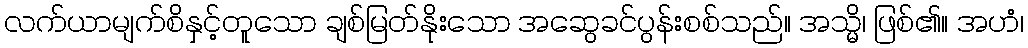
လက်ယာမျက်စိနှင့်တူသော ချစ်မြတ်နိုးသော အဆွေခင်ပွန်းစစ်သည်။ အသ္မိ၊ ဖြစ်၏။ အဟံ၊